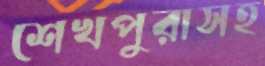
শেখপুরাসহ